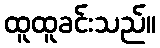
ထူထူခင်းသည်။